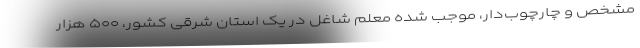
مشخص و چارچوب‌دار، موجب شده معلم شاغل در یک استان شرقی کشور، ۵۰۰ هزار